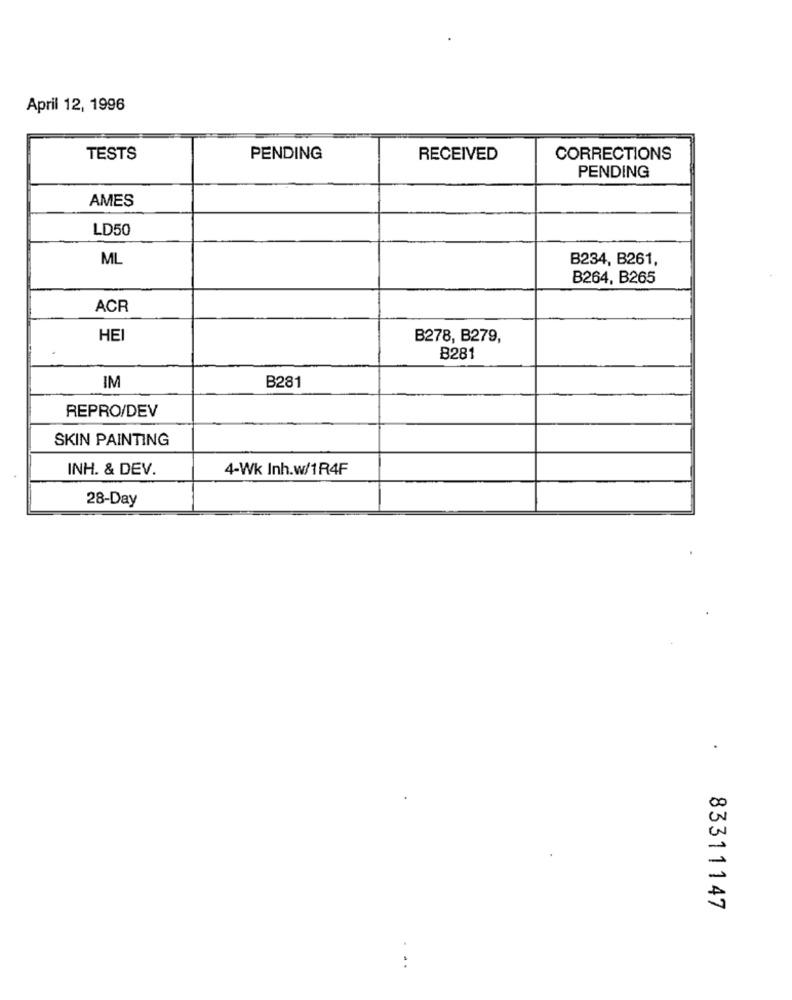
April 12, 1996
TESTS
PENDING
RECEIVED
CORRECTIONS
PENDING
AMES
LD50
ML
B234, B261,
B264, B265
ACR
HEI
B278, B279,
B281
IM
B281
REPRO/DEV
SKIN PAINTING
INH. & DEV.
4-Wk Inh.w/1R4F
28-Day
83311147
..